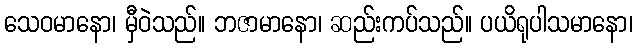
သေဝမာနော၊ မှီဝဲသည်။ ဘဇာမာနော၊ ဆည်းကပ်သည်။ ပယိရုပါသမာနော၊